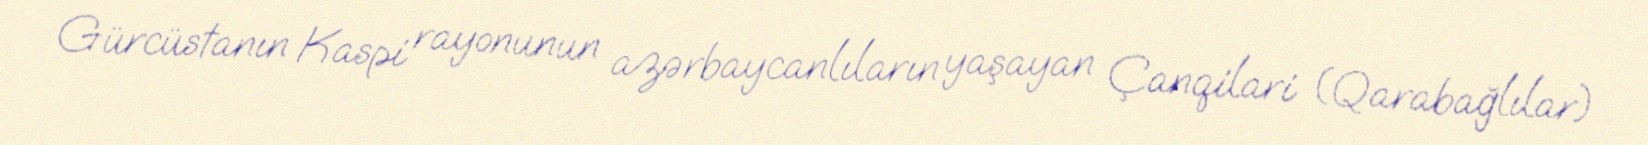
Gürcüstanın Kaspi rayonunun azərbaycanlıların yaşayan Çanqilari (Qarabağlılar)